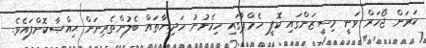
ކަރަން ޖޯހަރް ވަނީ މިސީޒަންގައި ކޮފީ ހެމްޕާގައި ހިމެނުނު ހަދިޔާތައް ބެލުންތެރިނަށް ޙިއްޞާކޮށްފައެވެ.